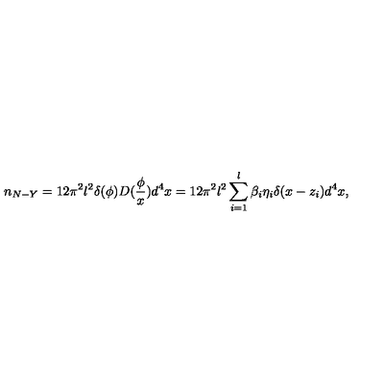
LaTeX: n _ { N - Y } = 1 2 \pi ^ { 2 } l ^ { 2 } \delta ( \phi ) D ( \frac \phi x ) d ^ { 4 } x = 1 2 \pi ^ { 2 } l ^ { 2 } \sum _ { i = 1 } ^ { l } \beta _ { i } \eta _ { i } \delta ( x - z _ { i } ) d ^ { 4 } x ,